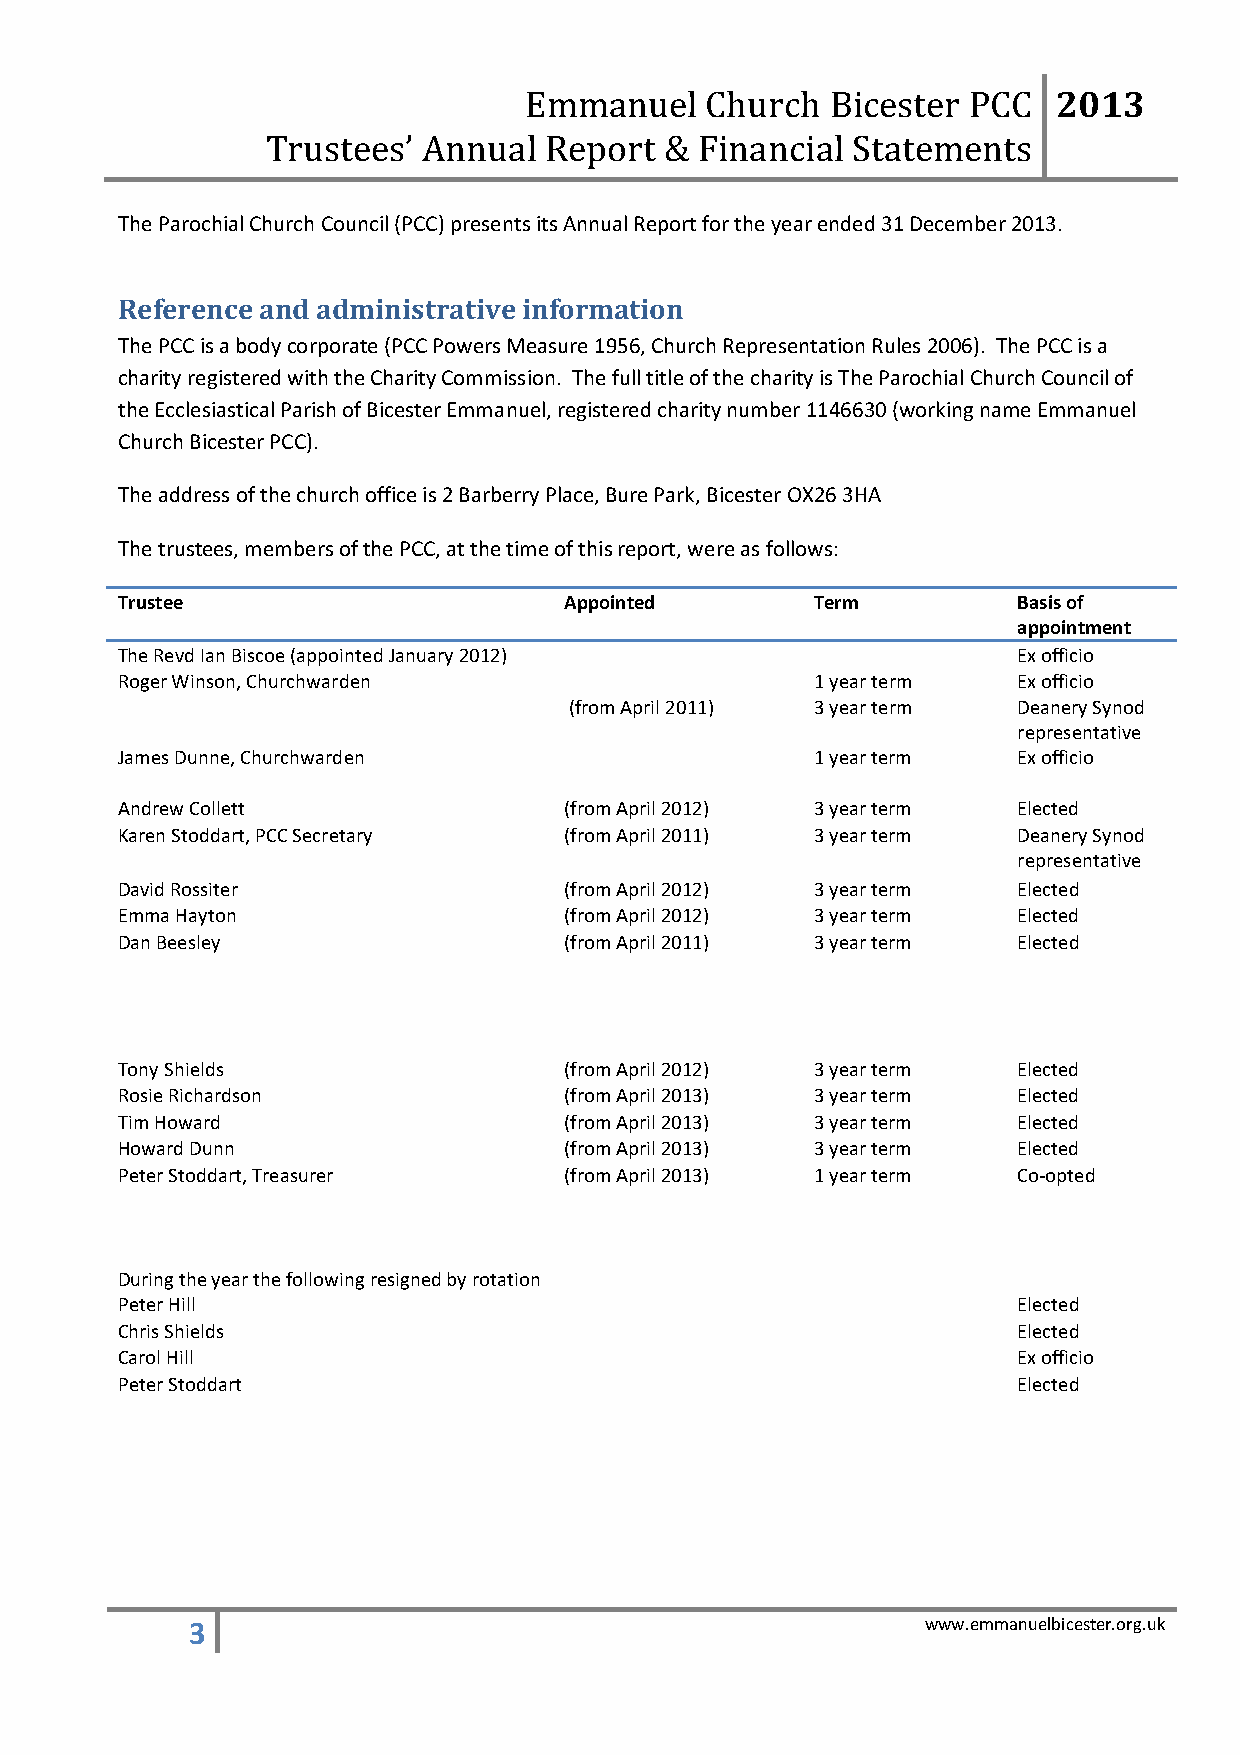
2013
 Emmanuel    Church  Bicester PCC
 Trustees’ Annual  Report  & Financial Statements
 The Parochial Church Council (PCC) presents its Annual Report for the year ended 31 December 2013.
 Reference and administrative information
 The PCC is a body corporate (PCC Powers Measure 1956, Church Representation Rules 2006). The PCC is a
 charity registered with the Charity Commission. The full title of the charity is The Parochial Church Council of
 the Ecclesiastical Parish of Bicester Emmanuel, registered charity number 1146630 (working name Emmanuel
 Church Bicester PCC).
 The address of the church office is 2 Barberry Place, Bure Park, Bicester OX26 3HA
 The trustees, members of the PCC, at the time of this report, were as follows:
 Trustee                      Appointed        Term         Basis of
 appointment
 The Revd Ian Biscoe (appointed January 2012)               Ex officio
 Roger Winson, Churchwarden                    1 year term  Ex officio
 (from April 2011) 3 year term Deanery Synod
 representative
 James Dunne, Churchwarden                     1 year term  Ex officio
 Andrew Collett               (from April 2012) 3 year term Elected
 Karen Stoddart, PCC Secretary (from April 2011) 3 year term Deanery Synod
 representative
 David Rossiter               (from April 2012) 3 year term Elected
 Emma Hayton                  (from April 2012) 3 year term Elected
 Dan Beesley                  (from April 2011) 3 year term Elected
 Tony Shields                 (from April 2012) 3 year term Elected
 Rosie Richardson             (from April 2013) 3 year term Elected
 Tim Howard                   (from April 2013) 3 year term Elected
 Howard Dunn                  (from April 2013) 3 year term Elected
 Peter Stoddart, Treasurer    (from April 2013) 1 year term Co-opted
 During the year the following resigned by rotation
 Peter Hill                                                 Elected
 Chris Shields                                              Elected
 Carol Hill                                                 Ex officio
 Peter Stoddart                                             Elected
 3                                               www.emmanuelbicester.org.uk